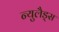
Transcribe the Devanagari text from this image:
न्युलैड्स